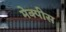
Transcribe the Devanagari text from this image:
मेक्पीस